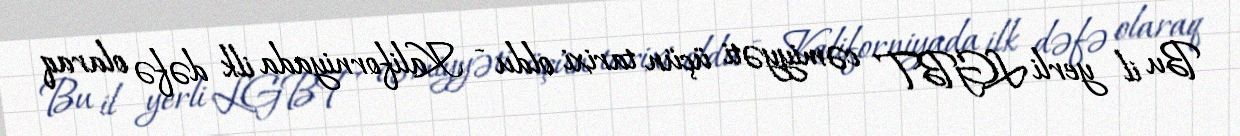
Bu il yerli LGBT cəmiyyəti üçün tarixi oldu - Kaliforniyada ilk dəfə olaraq